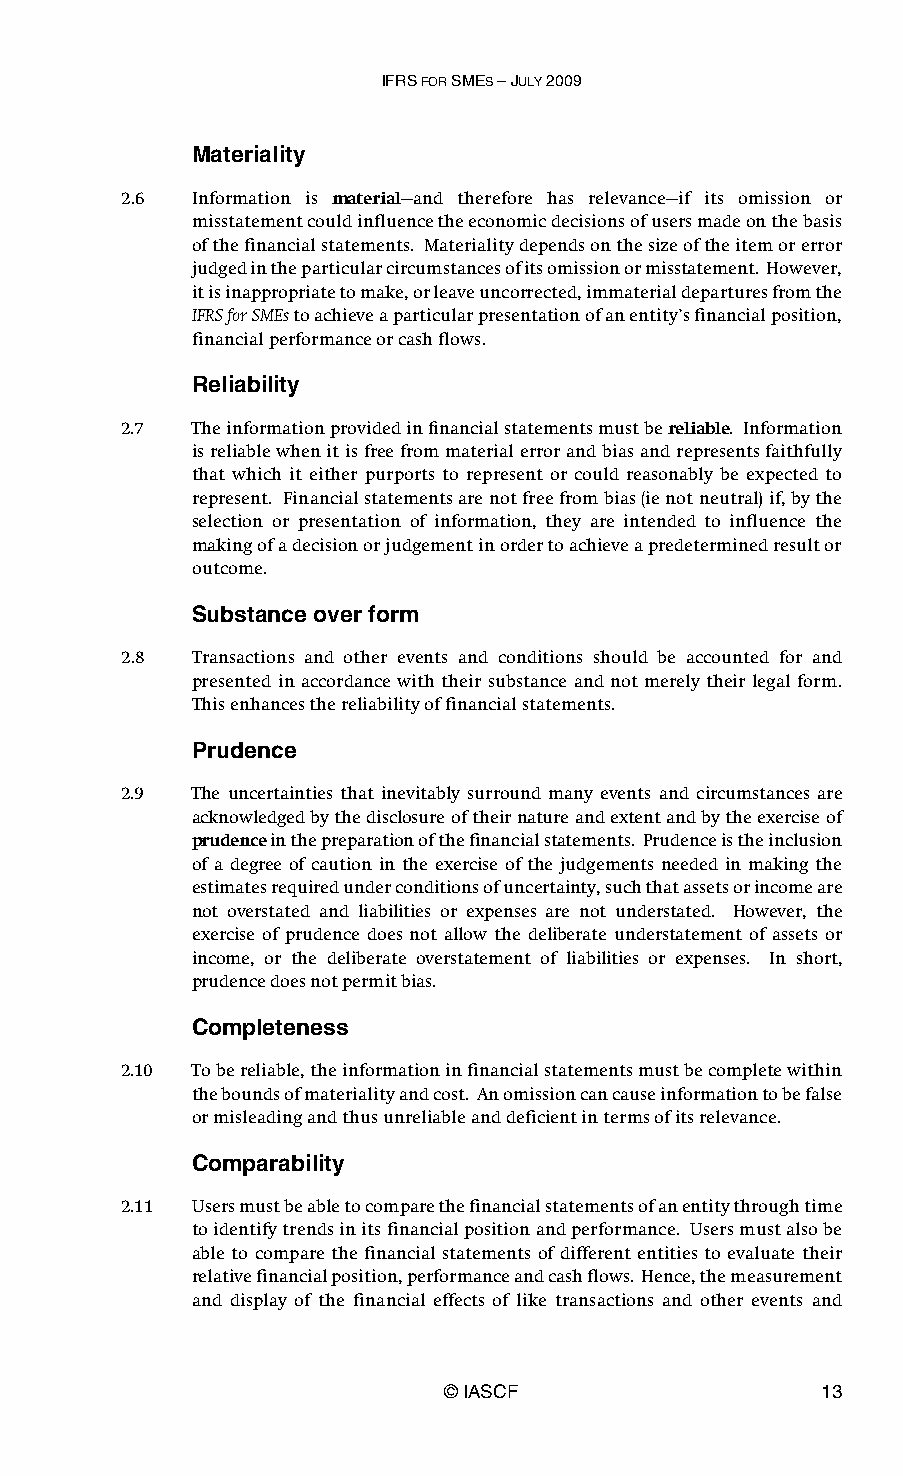
IFRS FOR SMES – JULY 2009
 Materiality
 2.6  Information is material—and therefore has relevance—if its omission or
 misstatement could influence the economic decisions of users made on the basis
 of the financial statements. Materiality depends on the size of the item or error
 judged in the particular circumstances of its omission or misstatement. However,
 it is inappropriate to make, or leave uncorrected, immaterial departures from the
 IFRS for SMEs to achieve a particular presentation of an entity’s financial position,
 financial performance or cash flows.
 Reliability
 2.7  The information provided in financial statements must be reliable. Information
 is reliable when it is free from material error and bias and represents faithfully
 that which it either purports to represent or could reasonably be expected to
 represent. Financial statements are not free from bias (ie not neutral) if, by the
 selection or presentation of information, they are intended to influence the
 making of a decision or judgement in order to achieve a predetermined result or
 outcome.
 Substance over form
 2.8  Transactions and other events and conditions should be accounted for and
 presented in accordance with their substance and not merely their legal form.
 This enhances the reliability of financial statements.
 Prudence
 2.9  The uncertainties that inevitably surround many events and circumstances are
 acknowledged by the disclosure of their nature and extent and by the exercise of
 prudence in the preparation of the financial statements. Prudence is the inclusion
 of a degree of caution in the exercise of the judgements needed in making the
 estimates required under conditions of uncertainty, such that assets or income are
 not overstated and liabilities or expenses are not understated. However, the
 exercise of prudence does not allow the deliberate understatement of assets or
 income, or the deliberate overstatement of liabilities or expenses. In short,
 prudence does not permit bias.
 Completeness
 2.10 To be reliable, the information in financial statements must be complete within
 the bounds of materiality and cost. An omission can cause information to be false
 or misleading and thus unreliable and deficient in terms of its relevance.
 Comparability
 2.11 Users must be able to compare the financial statements of an entity through time
 to identify trends in its financial position and performance. Users must also be
 able to compare the financial statements of different entities to evaluate their
 relative financial position, performance and cash flows. Hence, the measurement
 and display of the financial effects of like transactions and other events and
 © IASCF                  13